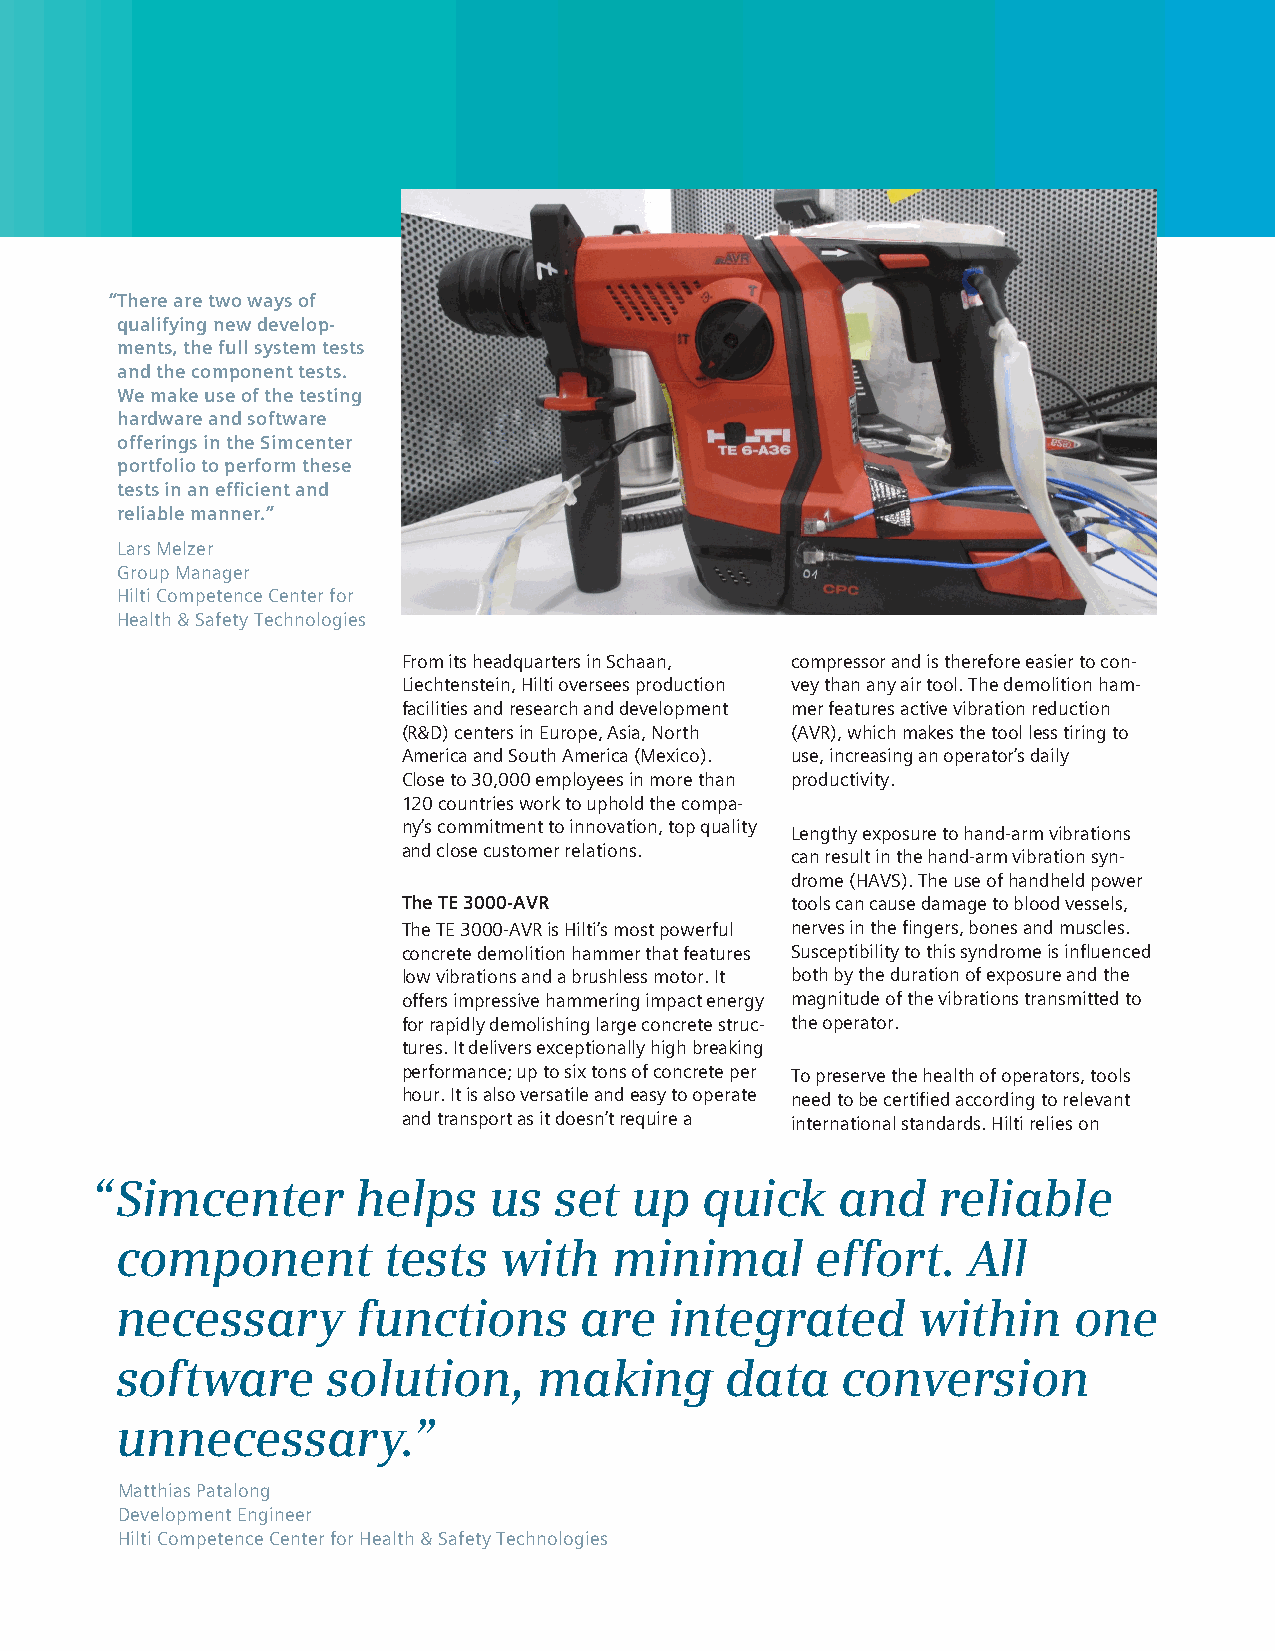
“There are two ways of
 qualifying new develop-
 ments, the full system tests
 and the component tests.
 We make use of the testing
 hardware and software
 offerings in the Simcenter
 portfolio to perform these
 tests in an efficient and
 reliable manner.”
 Lars Melzer
 Group Manager
 Hilti Competence Center for
 Health & Safety Technologies
 From its headquarters in Schaan, compressor and is therefore easier to con-
 Liechtenstein, Hilti oversees production vey than any air tool. The demolition ham-
 facilities and research and development mer features active vibration reduction
 (R&D) centers in Europe, Asia, North (AVR), which makes the tool less tiring to
 America and South America (Mexico). use, increasing an operator’s daily
 Close to 30,000 employees in more than productivity.
 120 countries work to uphold the compa-
 ny’s commitment to innovation, top quality
 Lengthy exposure to hand-arm vibrations
 and close customer relations.
 can result in the hand-arm vibration syn-
 drome (HAVS). The use of handheld power
 The TE 3000-AVR          tools can cause damage to blood vessels,
 The TE 3000-AVR is Hilti’s most powerful nerves in the fingers, bones and muscles.
 concrete demolition hammer that features Susceptibility to this syndrome is influenced
 low vibrations and a brushless motor. It both by the duration of exposure and the
 offers impressive hammering impact energy magnitude of the vibrations transmitted to
 for rapidly demolishing large concrete struc- the operator.
 tures. It delivers exceptionally high breaking
 performance; up to six tons of concrete per To preserve the health of operators, tools
 hour. It is also versatile and easy to operate need to be certified according to relevant
 and transport as it doesn’t require a international standards. Hilti relies on
 “ Simcenter       helps   us   set  up   quick   and    reliable
 component        tests   with   minimal       effort.   All
 necessary       functions     are   integrated       within    one
 software      solution,     making      data    conversion
 unnecessary.”
 Matthias Patalong
 Development Engineer
 Hilti Competence Center for Health & Safety Technologies